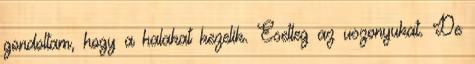
gondoltam, hogy a halakat kezelik. Esetleg az uszonyukat. De